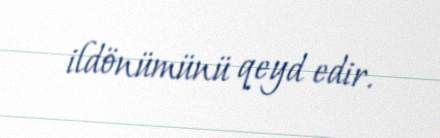
ildönümünü qeyd edir.